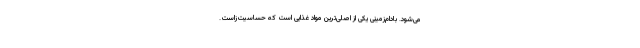
می‌شود. بادام‌زمینی یکی از اصلی‌ترین مواد غذایی است که حساسیت‌زاست.